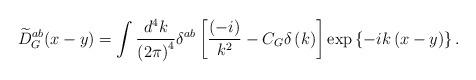
LaTeX: \begin{align*}\widetilde{D}_G^{ab}(x-y)=\int \frac{d^4k}{\left(2\pi \right)^4}\delta ^{ab}\left[ \frac{\left(-i\right) }{k^2}-C_G\delta\left(k\right) \right] \exp \left\{ -ik\left(x-y\right) \right\}.\end{align*}